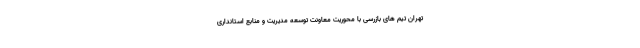
تهران تیم های بازرسی با محوریت معاونت توسعه مدیریت و منابع استانداری